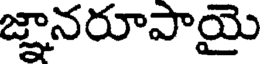
జ్ఞానరూపాయై